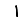
Digit: 1